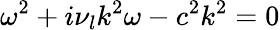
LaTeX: \omega^{2}+i\nu_{l}k^{2}\omega-c^{2}k^{2}=0